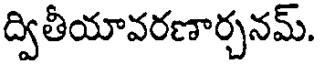
ద్వితీయావరణార్చనమ్.